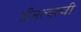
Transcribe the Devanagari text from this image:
हीनत्वाची